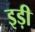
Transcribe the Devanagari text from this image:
इड़ी